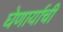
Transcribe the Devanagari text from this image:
घेणार्याची